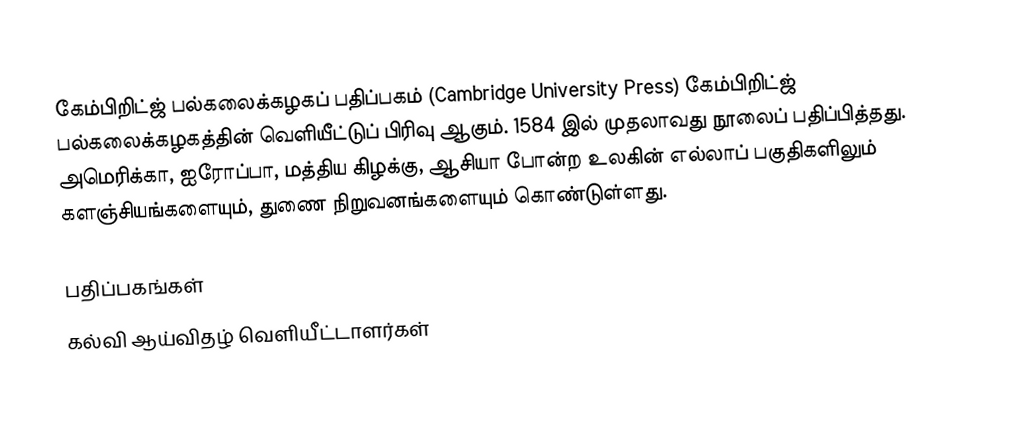
கேம்பிறிட்ஜ் பல்கலைக்கழகப் பதிப்பகம் (Cambridge University Press) கேம்பிறிட்ஜ் பல்கலைக்கழகத்தின் வெளியீட்டுப் பிரிவு ஆகும். 1584 இல் முதலாவது நூலைப் பதிப்பித்தது. அமெரிக்கா, ஐரோப்பா, மத்திய கிழக்கு, ஆசியா போன்ற உலகின் எல்லாப் பகுதிகளிலும் களஞ்சியங்களையும், துணை நிறுவனங்களையும் கொண்டுள்ளது.

பதிப்பகங்கள்
கல்வி ஆய்விதழ் வெளியீட்டாளர்கள்